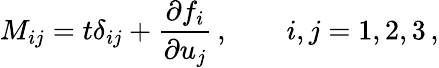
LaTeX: M_{ij}=t\delta_{ij}+\frac{\partial f_{i}}{\partial u_{j}}\, ,\qquad i,j=1,2,3\, ,